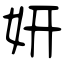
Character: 妍